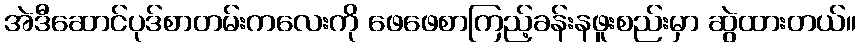
အဲဒီဆောင်ပုဒ်စာတမ်းကလေးကို ဖေဖေစာကြည့်ခန်းနဖူးစည်းမှာ ဆွဲထားတယ်။